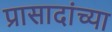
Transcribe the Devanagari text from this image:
प्रासादांच्या